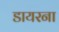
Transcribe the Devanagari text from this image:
डायरना